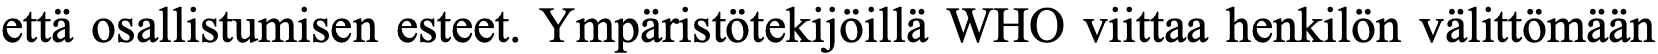
että osallistumisen esteet. Ympäristötekijöillä WHO viittaa henkilön välittömään